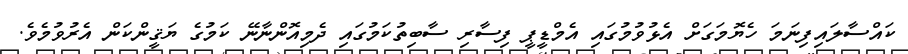
ކައްސާލައިފިނަމަ ހެޔޮމަގަށް އެޅުވުމުގައި އެމްޑީޕީ ފިސާރި ސާބިތުކަމުގައި ދެމިއޮންނާނޭ ކަމުގެ ޔަޤީންކަން އެރުވުމެވެ.